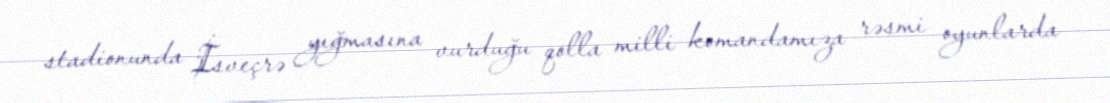
stadionunda İsveçrə yığmasına vurduğu qolla milli komandamıza rəsmi oyunlarda